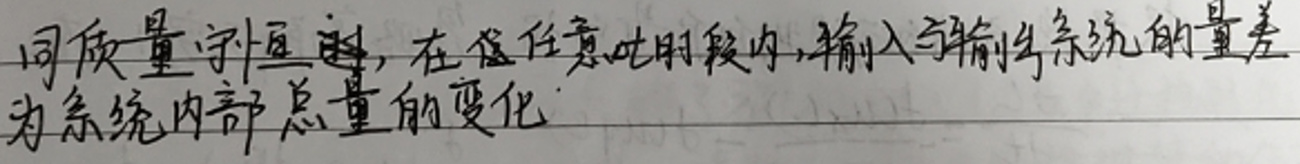
同质量守恒 ，在任意时段$\Delta t$内，输入与输出系统的量差为系统内部总量的变化。